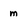
Character: m